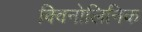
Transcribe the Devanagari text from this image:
क्विनोलिनिक